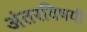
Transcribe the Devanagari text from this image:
अंतरविषयी